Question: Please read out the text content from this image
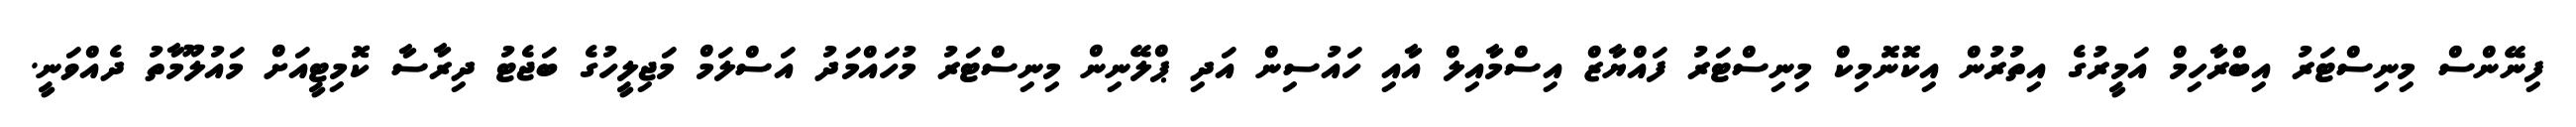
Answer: ފިނޭންސް މިނިސްޓަރު އިބްރާހިމް އަމީރުގެ އިތުރުން އިކޮނޮމިކް މިނިސްޓަރު ފައްޔާޒް އިސްމާއިލް އާއި ހައުސިން އަދި ޕްލޭނިން މިނިސްޓަރު މުހައްމަދު އަސްލަމް މަޖިލީހުގެ ބަޖެޓު ދިރާސާ ކޮމިޓީއަށް މައުލޫމާތު ދެއްވަނީ.